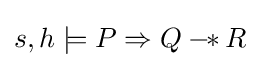
s,h\models P\Rightarrow Q-\!\!\ast \,R